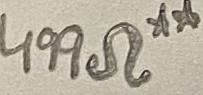
Text: 499Ω**